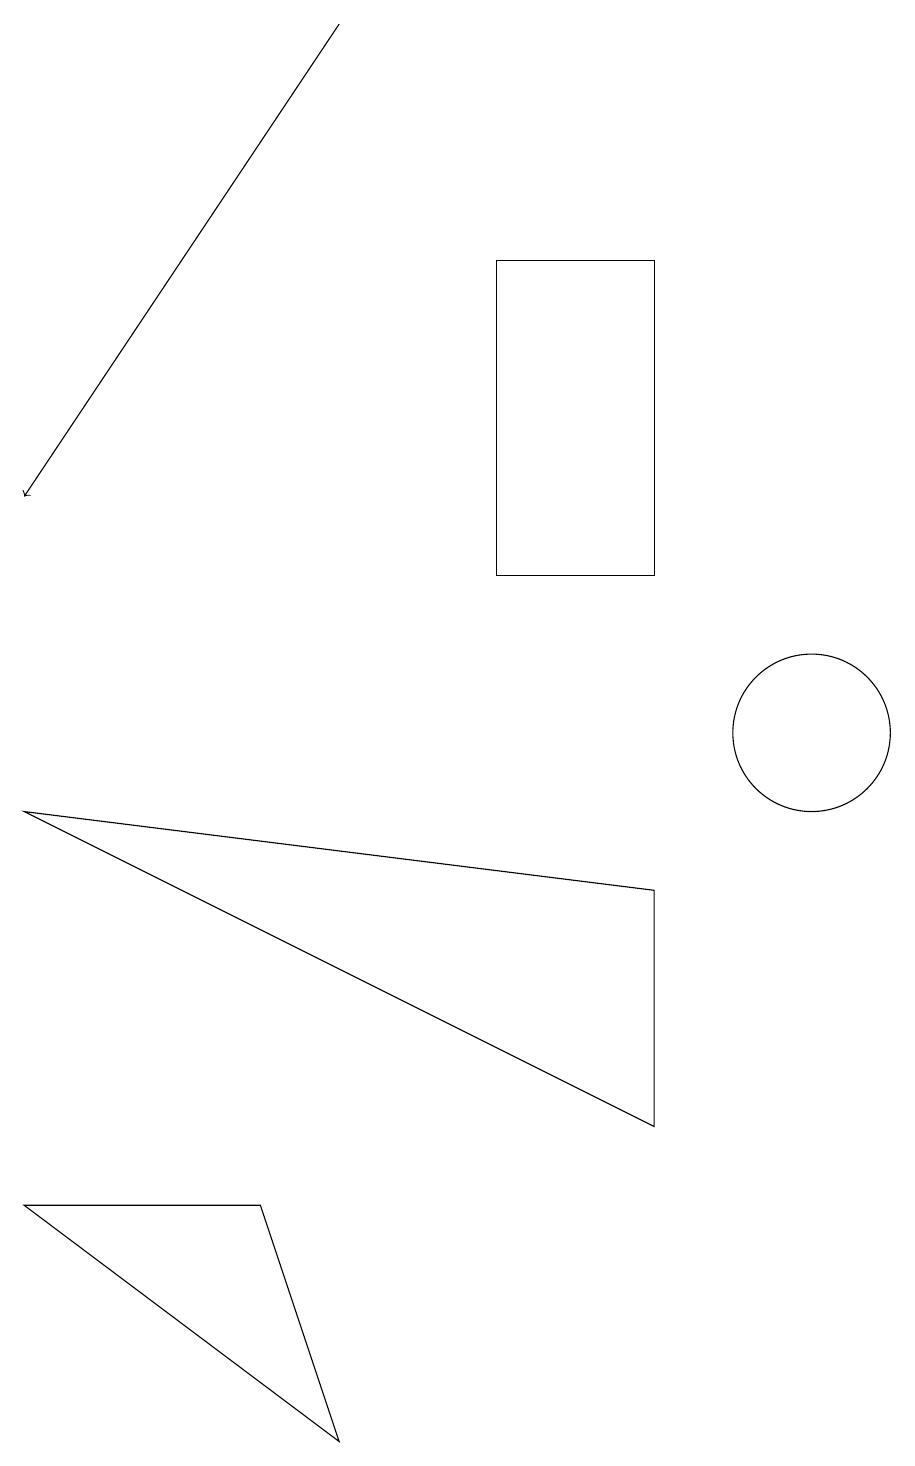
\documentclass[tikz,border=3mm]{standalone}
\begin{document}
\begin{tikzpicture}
\draw[->] (4,19) -- (0,13);
\draw (8,8) -- (8,5) -- (0,9) -- cycle;
\draw (10,10) circle (1);
\draw (0,4) -- (4,1) -- (3,4) -- cycle;
\draw (6,16) rectangle (8,12);
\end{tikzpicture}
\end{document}